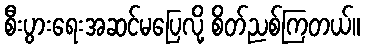
စီးပွားရေးအဆင်မပြေလို့ စိတ်ညစ်ကြတယ်။